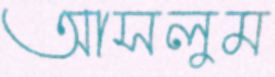
আসলুম